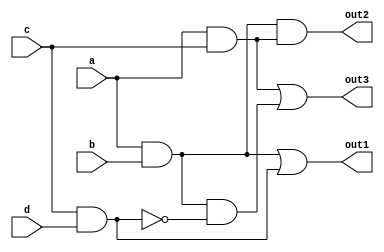
module combinational_logic(
    input wire a,
    input wire b,
    input wire c,
    input wire d,
    output wire out1,
    output wire out2,
    output wire out3
);

// Common sub-expressions
wire ab;        // intermediate signal for a AND b
wire cd;        // intermediate signal for c AND d
wire ac;        // intermediate signal for a AND c

// Calculate common sub-expressions
assign ab = a & b;   // common expression 1
assign cd = c & d;   // common expression 2
assign ac = a & c;   // common expression 3

// Output logic utilizing common sub-expressions
assign out1 = ab | cd;           // Output logic 1
assign out2 = ab & ac;           // Output logic 2
assign out3 = ac | (ab & ~cd);   // Output logic 3 (demonstrating multiplexer behavior)

// Additional logic can include more modules if necessary

endmodule